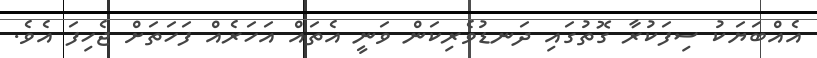
އެއްބަޔަކު ސިފަކުރާ ގޮތުގައި ދަނޑުވެރިކަން ވަނީ އެތައް އަހަރެއް ފަހަތަށް ޖެހިފަ އެވެ.